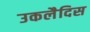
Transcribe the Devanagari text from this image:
उकलैदिस